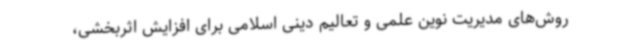
روش‌های مدیریت نوین علمی و تعالیم دینی اسلامی برای افزایش اثربخشی،